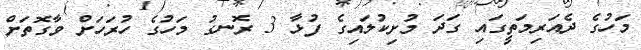
މަހުގެ ދެއަރިމަތީގައި ގަދަ މުށިކުލައިގެ ފުޅާ 3 ރޮނގު މަހުގެ ހުރަހަށް ވާގޮތަށް